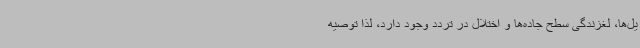
یل‌ها، لغزندگی سطح جاده‌ها و اختلال در تردد وجود دارد، لذا توصیه